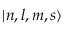
| n , l , m , s \rangle